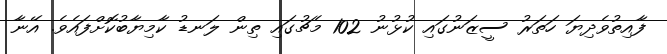
ފާއިތުވެދިޔަ ހަތަރު ސީޒަނުގައި ކުޅުނު 102 މެޗުގައި ތިން ލަނޑު ކާމިޔާބުކޮށްފައެވެ. އޭނާ